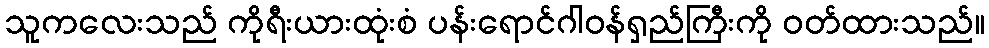
သူကလေးသည် ကိုရီးယားထုံးစံ ပန်းရောင်ဂါဝန်ရှည်ကြီးကို ဝတ်ထားသည်။